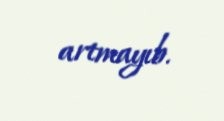
artmayıb.